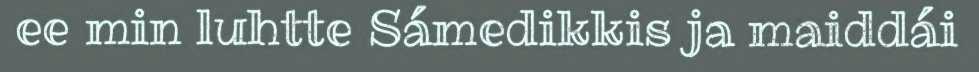
ee min luhtte Sámedikkis ja maiddái